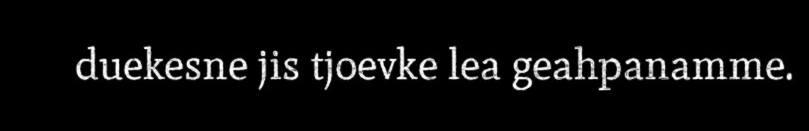
duekesne jis tjoevke lea geahpanamme.